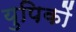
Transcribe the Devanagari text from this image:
युपिकों